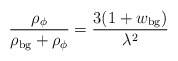
\begin{align*}\frac{\rho_\phi}{\rho_{\rm bg} +\rho_\phi} = \frac{3(1+w_{\rm bg})}{\lambda^2}\end{align*}